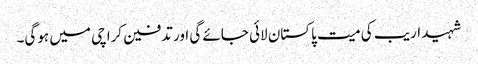
شہید اریب کی میت پاکستان لائی جائے گی اور تدفین کراچی میں ہوگی۔